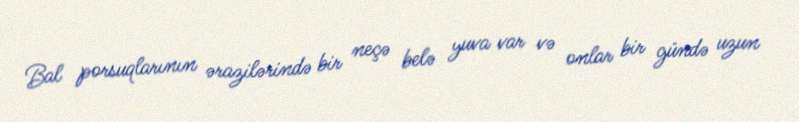
Bal porsuqlarının ərazilərində bir neçə belə yuva var və onlar bir gündə uzun